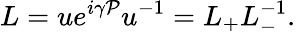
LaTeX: L=ue^{i\gamma\mathcal{P}}u^{-1}=L_{+}L_{-}^{-1}.